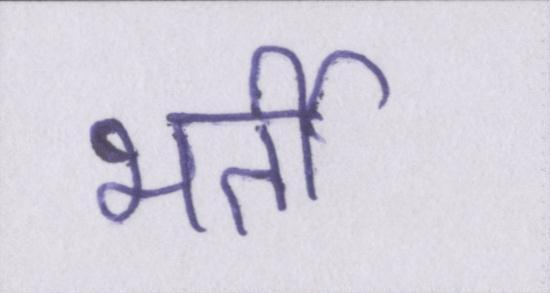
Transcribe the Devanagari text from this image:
भर्ती